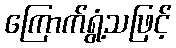
ကြောက်ရွံ့သဖြင့်